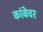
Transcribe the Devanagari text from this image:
कांबेवर